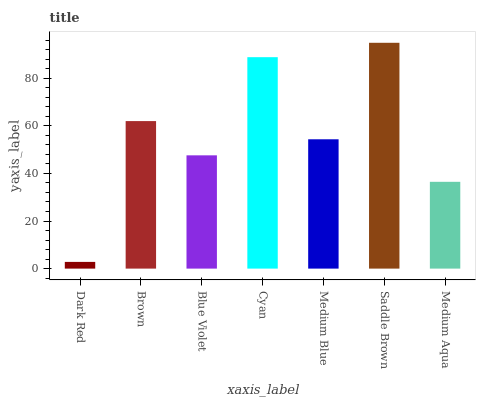
| xaxis_label | bars |
 | --- | --- |
 | Dark Red | 2.82 |
 | Brown | 62 |
 | Blue Violet | 47.6 |
 | Cyan | 88.9 |
 | Medium Blue | 54.4 |
 | Saddle Brown | 94.9 |
 | Medium Aqua | 36.5 |